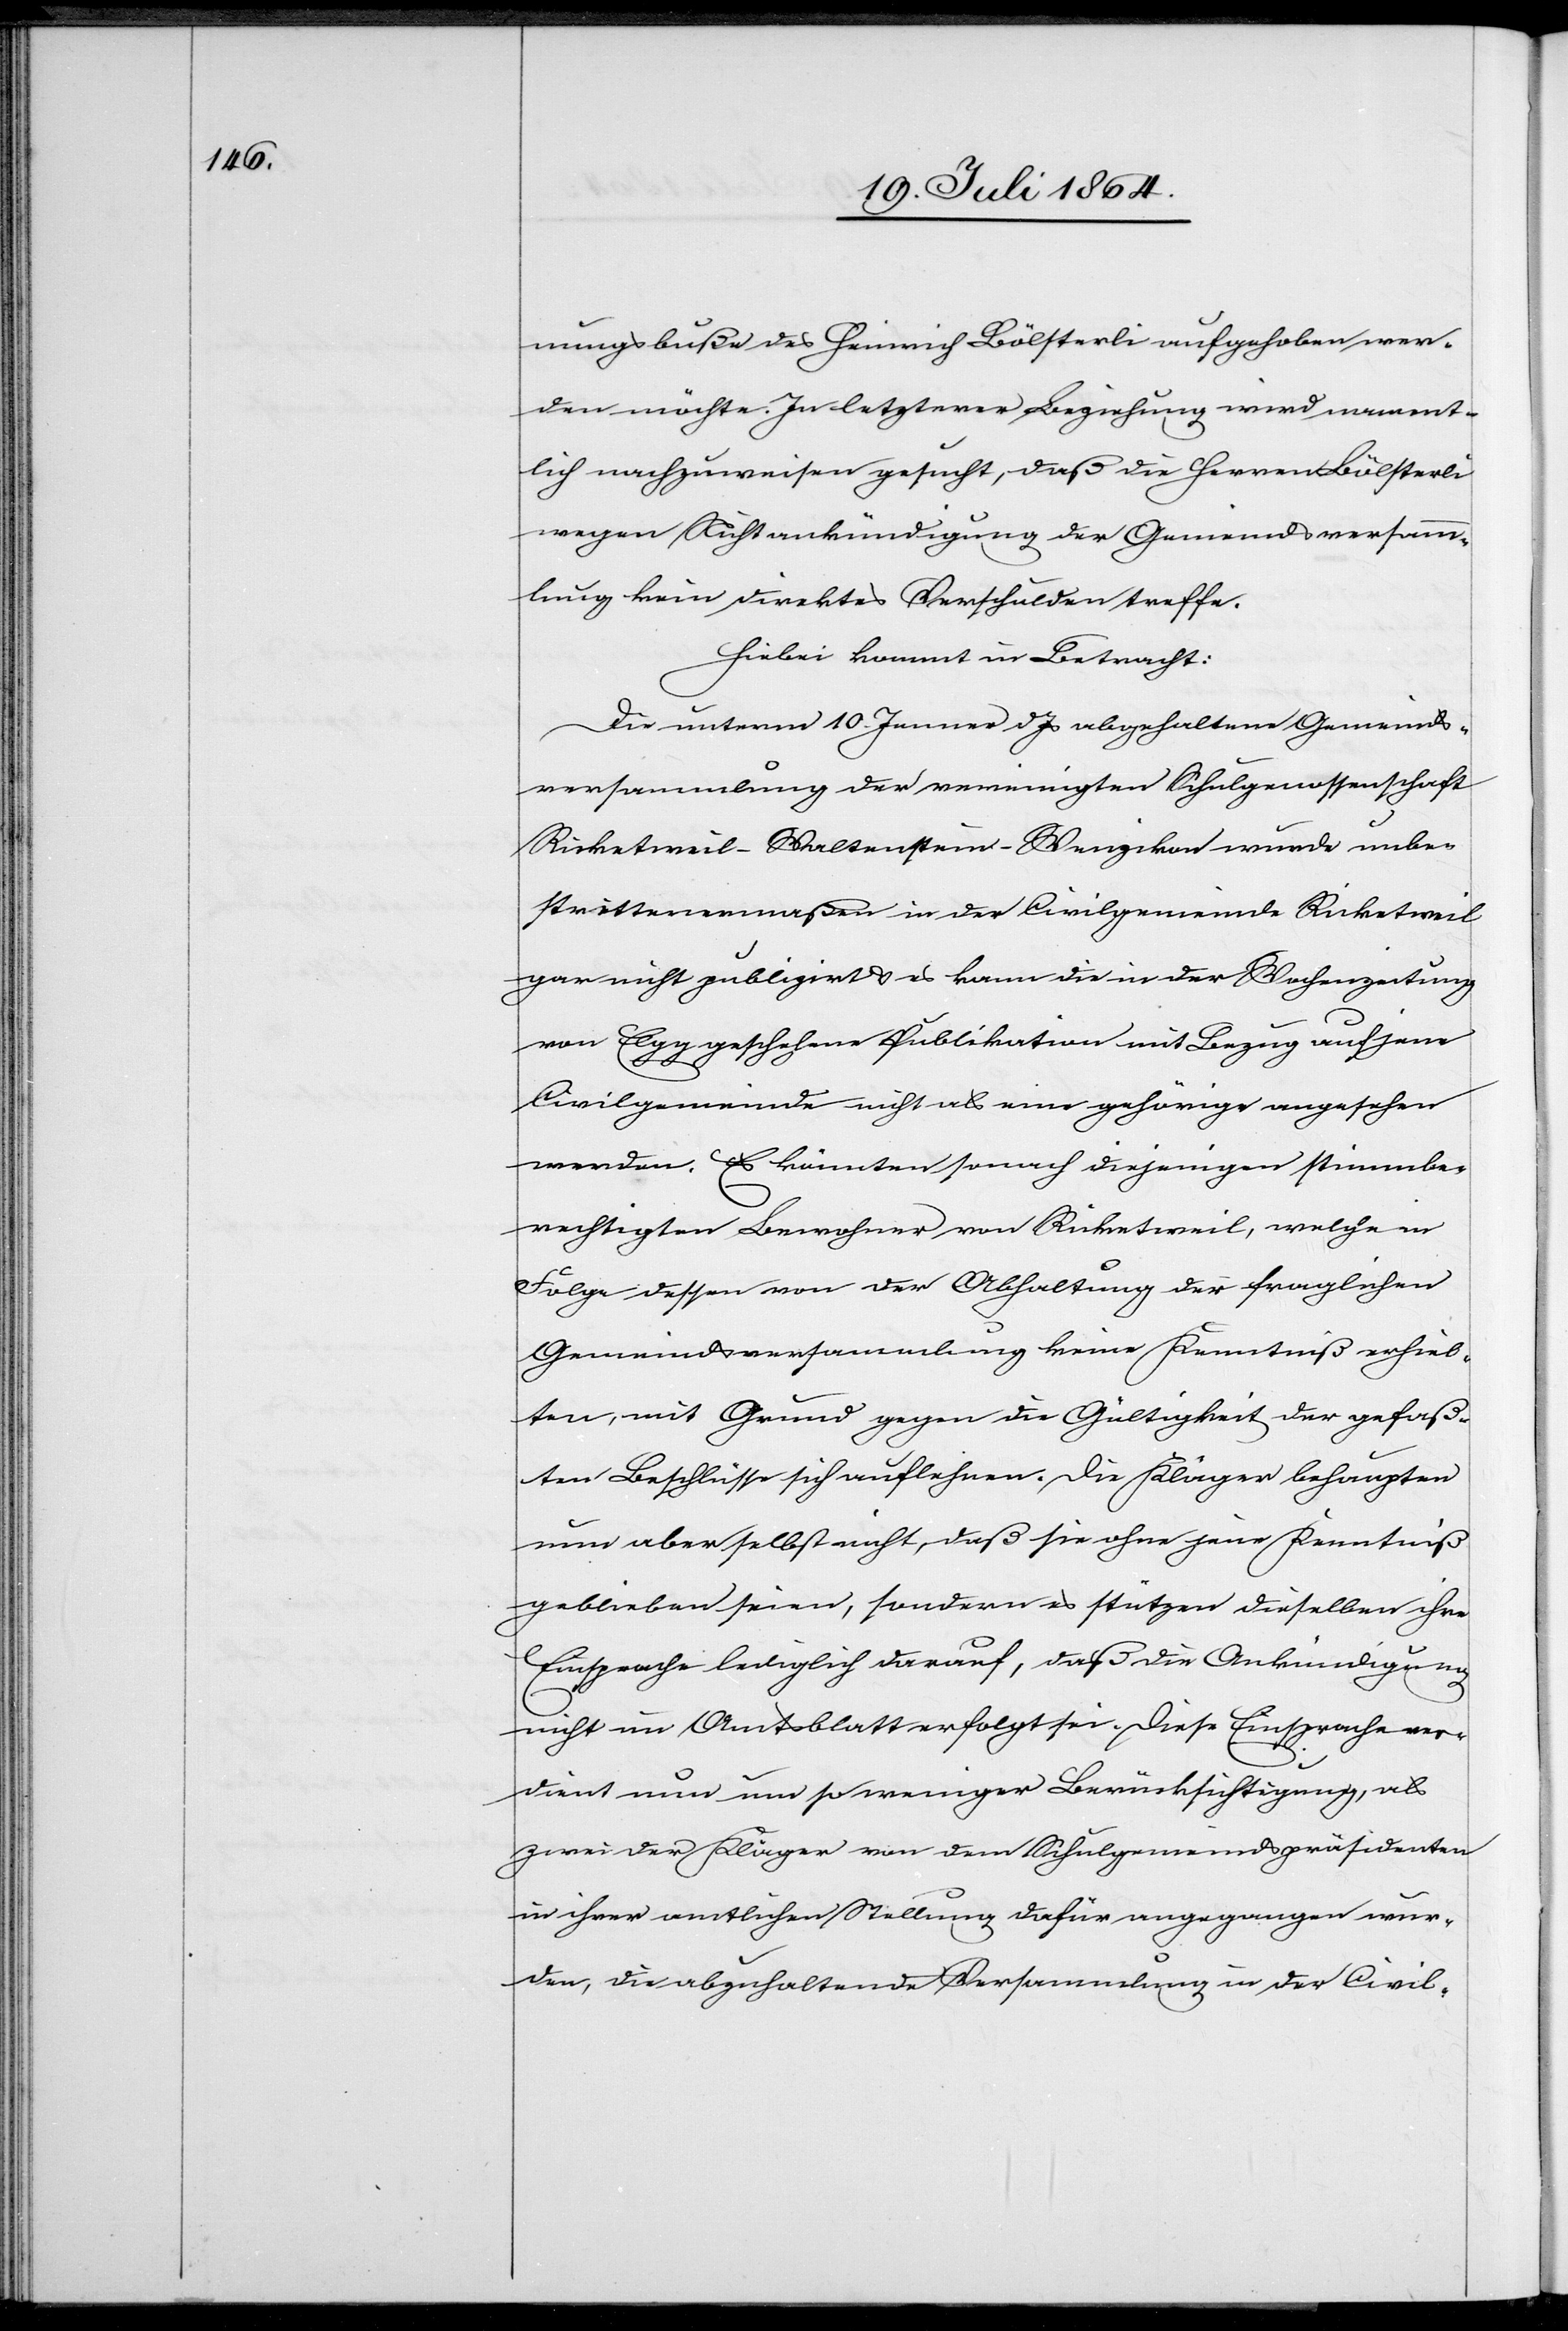
nungsbuße des Heinrich Bölsterli aufgehoben wer¬
den möchte. In letzterer Beziehung wird nament¬
lich nachzuweisen gesucht, daß die Herren Bölsterli
wegen Nichtankündigung der Gemeindsversamm¬
lung kein direktes Verschulden treffe.
Hiebei kommt in Betracht:
Die unterm 10. Jenner d. Js. abgehaltene Gemeinds¬
versammlung der vereinigten Schulgenossenschaft
Ricketweil-Waltenstein-Wenzikon wurde unbe¬
strittenermaßen in der Civilgemeinde Ricketweil
gar nicht publizirt u. es kann die in der Wochenzeitung
von Elgg geschehene Publikation mit Bezug auf jene
Civilgemeinde nicht als eine gehörige angesehen
werden. Es könnten sonach diejenigen stimmbe¬
rechtigten Bewohner von Ricketweil, welche in
Folge dessen von der Abhaltung der fraglichen
Gemeindsversammlung keine Kenntniß erhiel¬
ten, mit Grund gegen die Gültigkeit der gefaß¬
ten Beschlüsse sich auflehnen. Die Kläger behaupten
nun aber selbst nicht, daß sie ohne jene Kenntniß
geblieben seien, sondern es stützen dieselben ihre
Einsprache lediglich darauf, daß die Ankündigung
nicht im Amtsblatt erfolgt sei. Diese Einsprache ver¬
dient nun um so weniger Berücksichtigung, als
zwei der Kläger von dem Schulgemeindpräsidenten
in ihrer amtlichen Stellung dafür angegangen wur¬
den, die abzuhaltende Versammlung in der Civil-